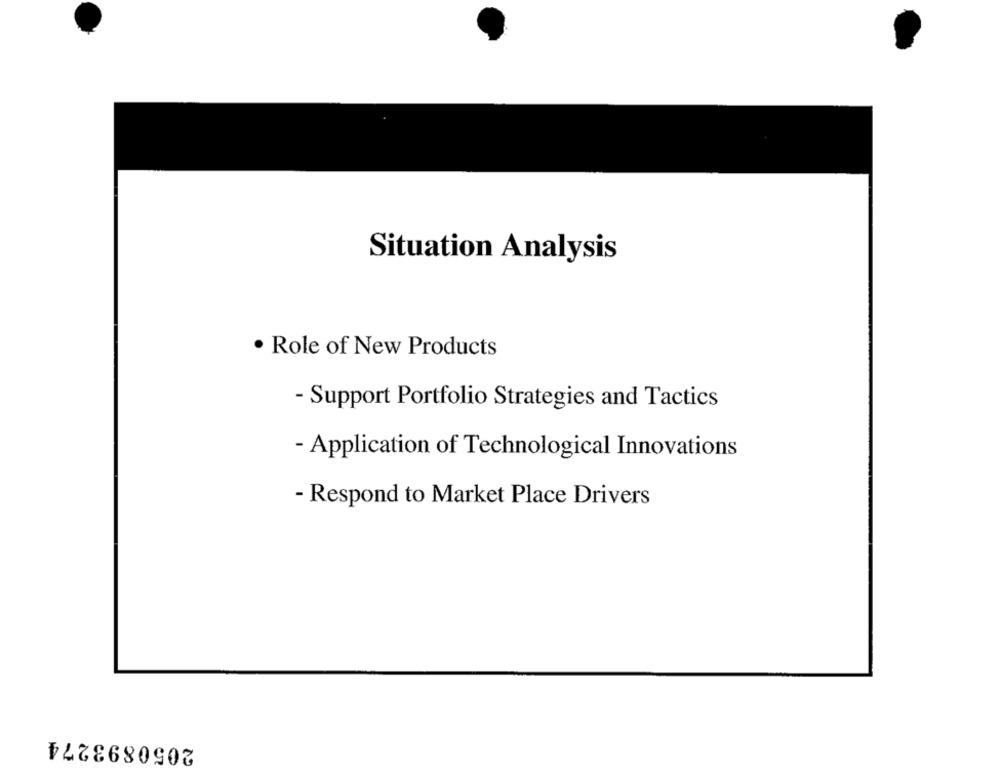
Situation Analysis
· Role of New Products
- Support Portfolio Strategies and Tactics
- Application of Technological Innovations
- Respond to Market Place Drivers
2050893274